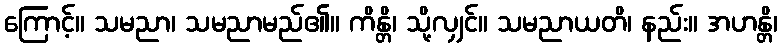
ကြောင့်။ သမညာ၊ သမညာမည်၏။ ကိန္တိ၊ သို့လျှင်။ သမညာယတိ၊ နည်း။ အဟန္တိ၊